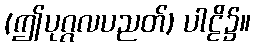
(ဤပုဂ္ဂလပညတ်) ပါဠိ၌။